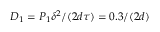
D _ { 1 } = P _ { 1 } \delta ^ { 2 } / ( 2 d \tau ) = 0 . 3 / ( 2 d )